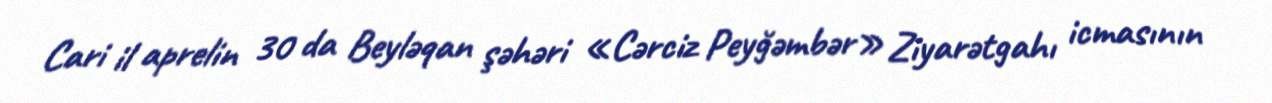
Cari il aprelin 30 da Beyləqan şəhəri «Cərciz Peyğəmbər» Ziyarətgahı icmasının